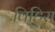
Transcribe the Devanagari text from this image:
विहिरा